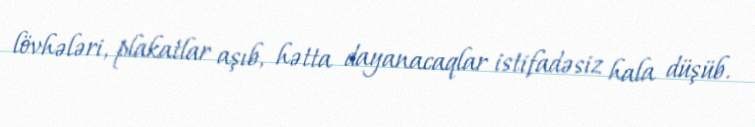
lövhələri, plakatlar aşıb, hətta dayanacaqlar istifadəsiz hala düşüb.